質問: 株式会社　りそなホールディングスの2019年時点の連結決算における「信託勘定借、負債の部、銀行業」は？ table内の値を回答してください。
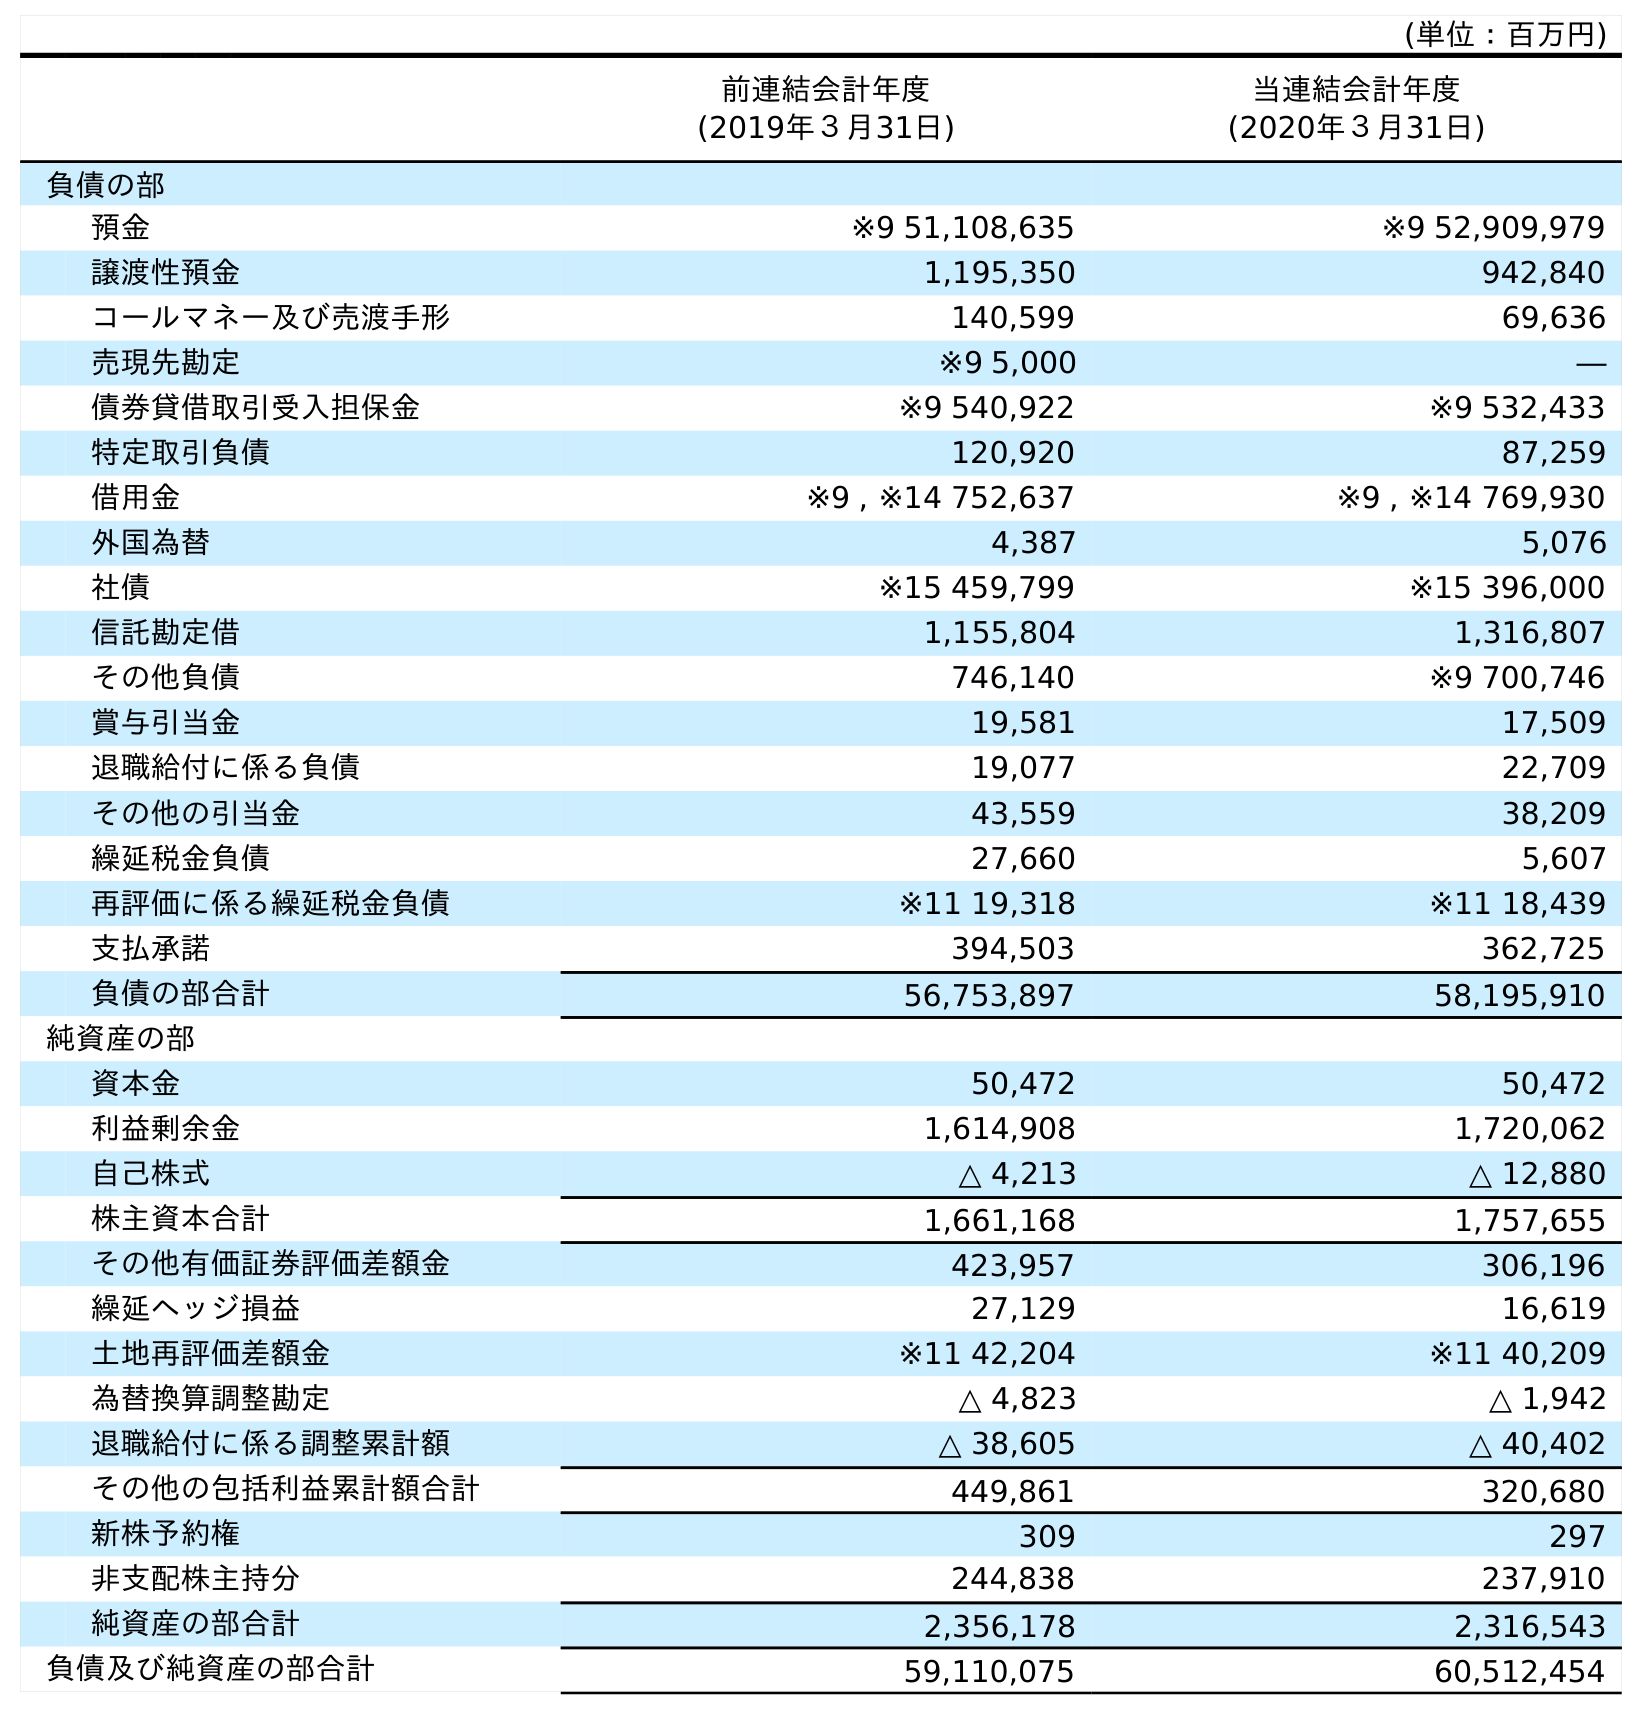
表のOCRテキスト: (単位：百万円) 前連結会計年度 (2019年３月31日) 当連結会計年度 (2020年３月31日) 負債の部 預金 ※9 51,108,635 ※9 52,909,979 譲渡性預金 1,195,350 942,840 コールマネー及び売渡手形 140,599 69,636 売現先勘定 ※9 5,000 ― 債券貸借取引受入担保金 ※9 540,922 ※9 532,433 特定取引負債 120,920 87,259 借用金 ※9 , ※14 752,637 ※9 , ※14 769,930 外国為替 4,387 5,076 社債 ※15 459,799 ※15 396,000 信託勘定借 1,155,804 1,316,807 その他負債 746,140 ※9 700,746 賞与引当金 19,581 17,509 退職給付に係る負債 19,077 22,709 その他の引当金 43,559 38,209 繰延税金負債 27,660 5,607 再評価に係る繰延税金負債 ※11 19,318 ※11 18,439 支払承諾 394,503 362,725 負債の部合計 56,753,897 58,195,910 純資産の部 資本金 50,472 50,472 利益剰余金 1,614,908 1,720,062 自己株式 △ 4,213 △ 12,880 株主資本合計 1,661,168 1,757,655 その他有価証券評価差額金 423,957 306,196 繰延ヘッジ損益 27,129 16,619 土地再評価差額金 ※11 42,204 ※11 40,209 為替換算調整勘定 △ 4,823 △ 1,942 退職給付に係る調整累計額 △ 38,605 △ 40,402 その他の包括利益累計額合計 449,861 320,680 新株予約権 309 297 非支配株主持分 244,838 237,910 純資産の部合計 2,356,178 2,316,543 負債及び純資産の部合計 59,110,075 60,512,454
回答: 1,155,804